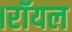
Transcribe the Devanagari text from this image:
।रॉयल